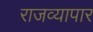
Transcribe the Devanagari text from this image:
राजव्यापार